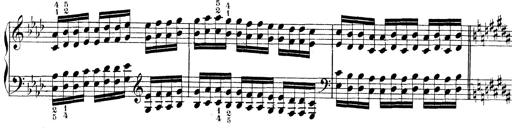
Title: Technische Studien
Composer: Franz Liszt